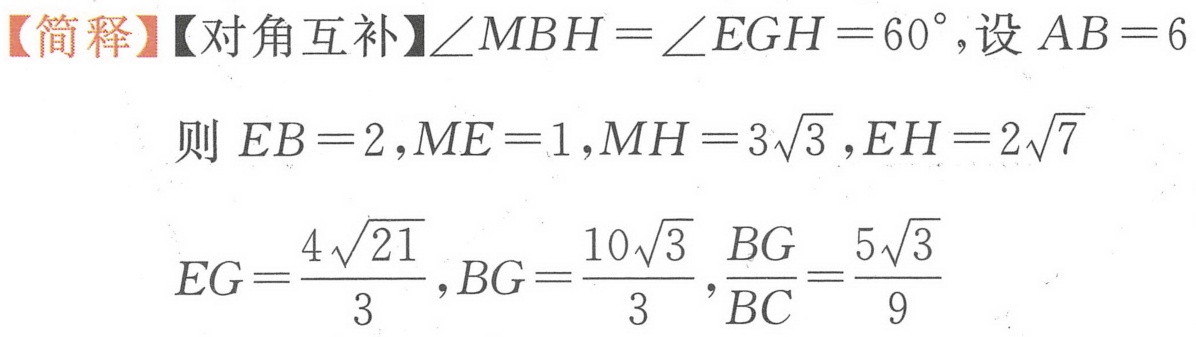
【简释】【对角互补】\(\angle MBH=\angle EGH = 60^{\circ}\)，设 \(AB = 6\)
则 \(EB = 2,ME = 1,MH = 3\sqrt{3},EH = 2\sqrt{7}\)
\(EG=\dfrac{4\sqrt{21}}{3},BG=\dfrac{10\sqrt{3}}{3},\dfrac{BG}{BC}=\dfrac{5\sqrt{3}}{9}\)